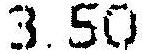
3.50